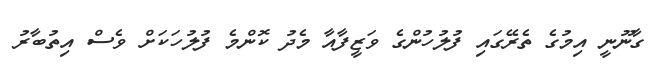
ގާނޫނީ އިމުގެ ތެރޭގައި ފުލުހުންގެ ވަޒީފާއާ މެދު ކޮންމެ ފުލުހަކަށް ވެސް އިތުބާރު